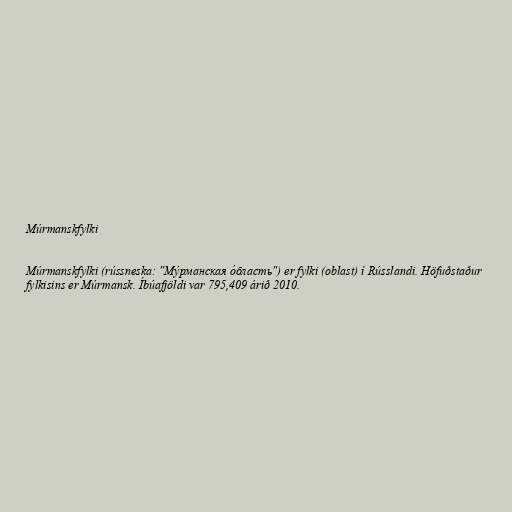
Múrmanskfylki

Múrmanskfylki (rússneska: "Му́рманская о́бласть") er fylki (oblast) í Rússlandi. Höfuðstaður
fylkisins er Múrmansk. Íbúafjöldi var 795,409 árið 2010.